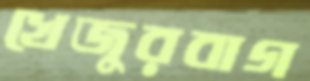
খেজুরবাগ